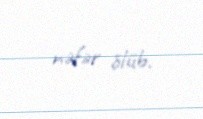
nəfər ölüb.